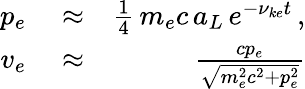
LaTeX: \begin{array}{rlr}{p_{e}}&{{}\approx}&{\frac{1}{4}\, m_{e}c\, a_{L}\, e^{-\nu_{ke}t}\, ,}\\ {v_{e}}&{{}\approx}&{\frac{cp_{e}}{\sqrt{m_{e}^{2}c^{2}+p_{e}^{2}}}}\end{array}